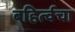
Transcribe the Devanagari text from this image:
बहिर्त्वचा